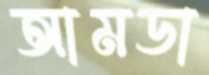
আমডা